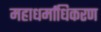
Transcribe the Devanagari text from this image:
महाधर्माधिकरण